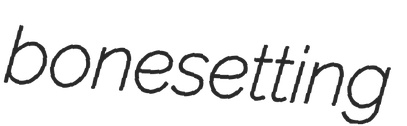
bonesetting